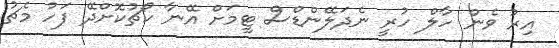
އިރު ވެން ހާލް ހުރީ ނެދަލޭންޑްސް ޓީމަށް އޭނާ ކޯޗުކޮށްދޭ ފަހު މެޗު